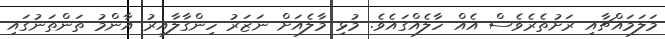
މަލަމައްޗާއި ރަށުތެރެވެސް އެއް ހާލެއްގައެވެ. މުޅި މާލެއަށް ނަޒަރު ހިންގާލާއިރު އާންމު ތަންތަނުގައި